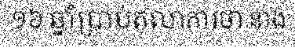
១៦ ឆ្នាំប្រាប់តុលាការថា នាង